Annual report on the Civil Veterinary Department, Burma (including the Insein Veterinary School) - 1932-1941
Year: 1932
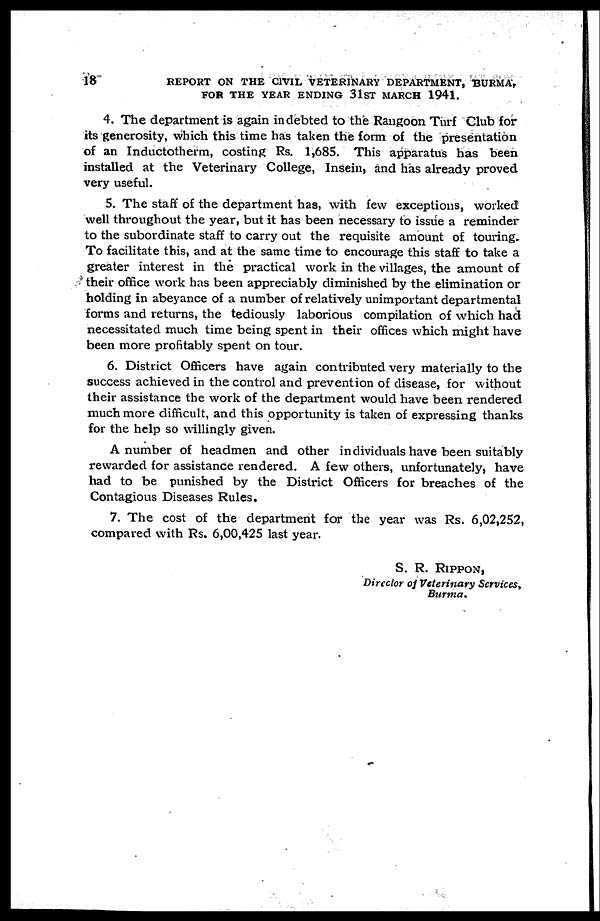
18
REPORT ON THE CIVIL VETERINARY DEPARTMENT, BURMA,
FOR THE YEAR ENDING 31ST MARCH 1941.
4. The department is again indebted to the Rangoon Turf Club for
its generosity, which this time has taken the form of the presentation
of an Inductotherm, costing Rs. 1,685. This apparatus has been
installed at the Veterinary College, Insein, and has already proved
very useful.
5. The staff of the department has, with few exceptions, worked
well throughout the year, but it has been necessary to issue a reminder
to the subordinate staff to carry out the requisite amount of touring.
To facilitate this, and at the same time to encourage this staff to take a
greater interest in the practical work in the villages, the amount of
their office work has been appreciably diminished by the elimination or
holding in abeyance of a number of relatively unimportant departmental
forms and returns, the tediously laborious compilation of which had
necessitated much time being spent in their offices which might have
been more profitably spent on tour.
6. District Officers have again contributed very materially to the
success achieved in the control and prevention of disease, for without
their assistance the work of the department would have been rendered
much more difficult, and this opportunity is taken of expressing thanks
for the help so willingly given.
A number of headmen and other individuals have been suitably
rewarded for assistance rendered. A few others, unfortunately, have
had to be punished by the District Officers for breaches of the
Contagious Diseases Rules.
7. The cost of the department for the year was Rs. 6,02,252,
compared with Rs. 6,00,425 last year.
S. R. Rippon,
Director of Veterinary Services,
Burma.